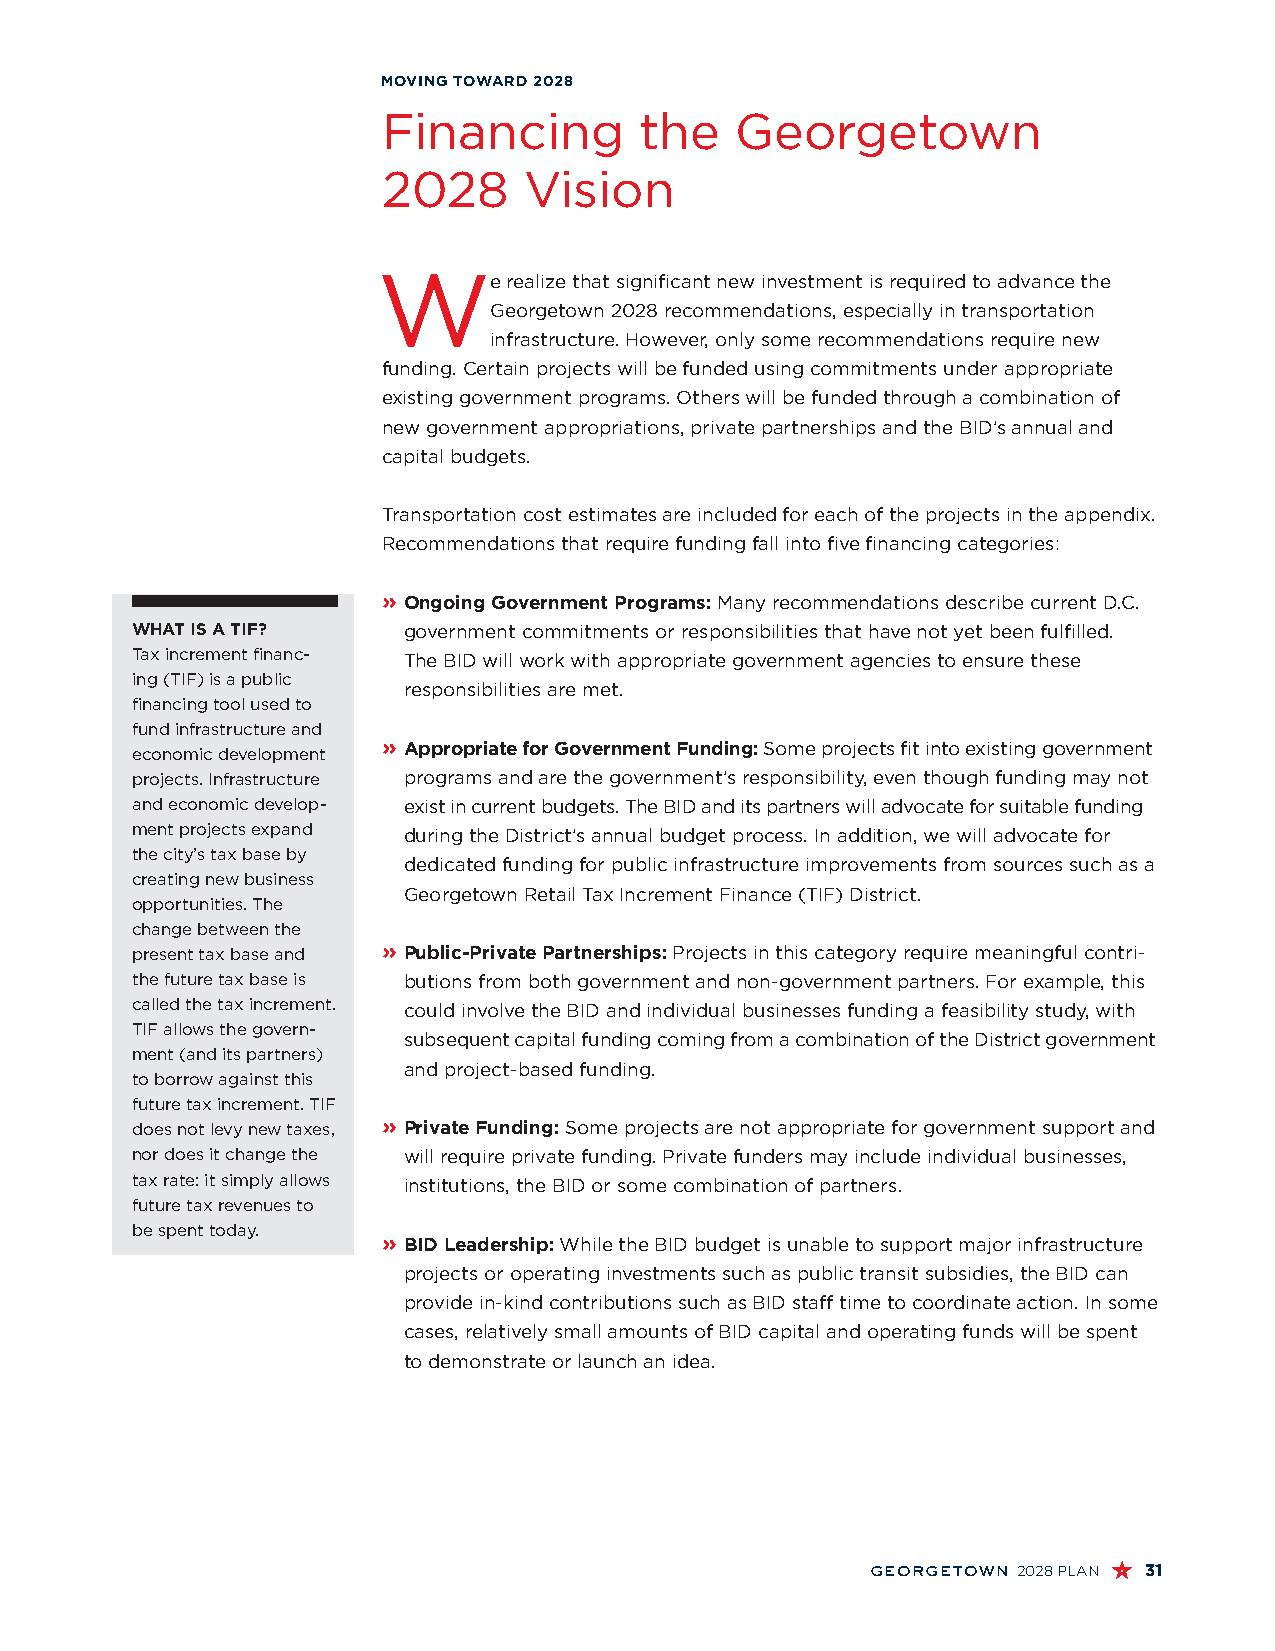
MOVING TOWARD 2028
 Financing        the    Georgetown
 2028      Vision
 W
 e realize that significant new investment is required to advance the
 Georgetown 2028 recommendations, especially in transportation
 infrastructure. However, only some recommendations require new
 funding. Certain projects will be funded using commitments under appropriate
 existing government programs. Others will be funded through a combination of
 new government appropriations, private partnerships and the BID’s annual and
 capital budgets.
 Transportation cost estimates are included for each of the projects in the appendix.
 Recommendations that require funding fall into five financing categories:
 » O ngoing Government Programs: Many recommendations describe current D.C.
 WHAT IS A TIF?    government commitments or responsibilities that have not yet been fulfilled.
 Tax increment financ- The BID will work with appropriate government agencies to ensure these
 ing (TIF) is a public
 responsibilities are met.
 financing tool used to
 fund infrastructure and
 » A ppropriate for Government Funding: Some projects fit into existing government
 economic development
 projects. Infrastructure programs and are the government’s responsibility, even though funding may not
 and economic develop- exist in current budgets. The BID and its partners will advocate for suitable funding
 ment projects expand during the District’s annual budget process. In addition, we will advocate for
 the city’s tax base by
 dedicated funding for public infrastructure improvements from sources such as a
 creating new business
 Georgetown Retail Tax Increment Finance (TIF) District.
 opportunities. The
 change between the
 present tax base and » P ublic-Private Partnerships: Projects in this category require meaningful contri-
 the future tax base is butions from both government and non-government partners. For example, this
 called the tax increment. could involve the BID and individual businesses funding a feasibility study, with
 TIF allows the govern-
 subsequent capital funding coming from a combination of the District government
 ment (and its partners)
 and project-based funding.
 to borrow against this
 future tax increment. TIF
 does not levy new taxes, » P rivate Funding: Some projects are not appropriate for government support and
 nor does it change the will require private funding. Private funders may include individual businesses,
 tax rate: it simply allows institutions, the BID or some combination of partners.
 future tax revenues to
 be spent today.
 » B ID Leadership: While the BID budget is unable to support major infrastructure
 projects or operating investments such as public transit subsidies, the BID can
 provide in-kind contributions such as BID staff time to coordinate action. In some
 cases, relatively small amounts of BID capital and operating funds will be spent
 to demonstrate or launch an idea.
 georgetown 2028 PLAN 31